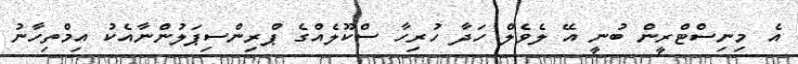
އެ މިނިސްޓްރީން ބުނީ އޭ ލެވެލް ހަދާ ހުރިހާ ސްކޫލެއްގެ ޕްރިންސިޕަލުންނާއެކު އިމްތިހާނު